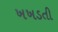
ખખડતી